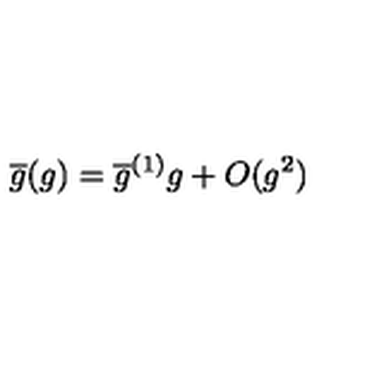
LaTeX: \overline { { g } } ( g ) = \overline { { g } } ^ { ( 1 ) } g + O ( g ^ { 2 } )